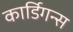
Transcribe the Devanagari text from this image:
कार्डिगन्स